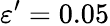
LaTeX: \varepsilon^{\prime}=0.05